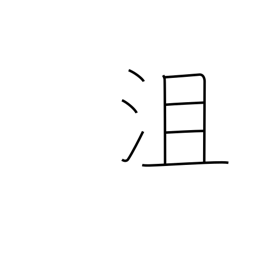
Meaning: defeated